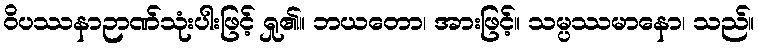
ဝိပဿနာဉာဏ်သုံးပါးဖြင့် ရှု၏။ ဘယတော၊ အားဖြင့်။ သမ္ပဿမာနော၊ သည်။